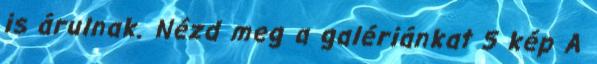
is árulnak. Nézd meg a galériánkat 5 kép A